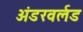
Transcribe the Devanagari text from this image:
अंडरवर्लड